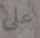
على